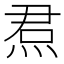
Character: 焄